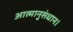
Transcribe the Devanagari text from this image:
आत्मानुसंधान।